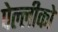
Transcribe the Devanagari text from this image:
पेल्लीको